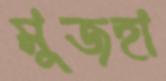
মুজহা